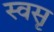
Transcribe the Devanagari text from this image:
स्वसृ